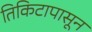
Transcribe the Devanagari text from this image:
तिकिटापासून